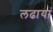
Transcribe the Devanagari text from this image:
लढायां